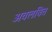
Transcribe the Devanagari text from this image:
अवलबित